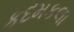
કદમકલા